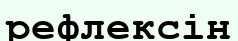
рефлексін